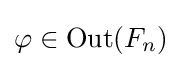
\varphi \in \operatorname {Out} (F_{n})